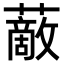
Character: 𧁱